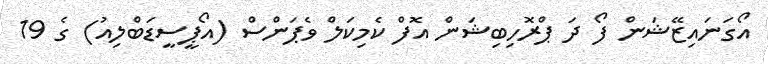
އޯގަނައިޒޭޝަން ފޯ ދަ ޕްރޮހިބިޝަން އޮފް ކެމިކަލް ވެޕަންސް (އޯޕީސީޑަބްލިއު) ގެ 19